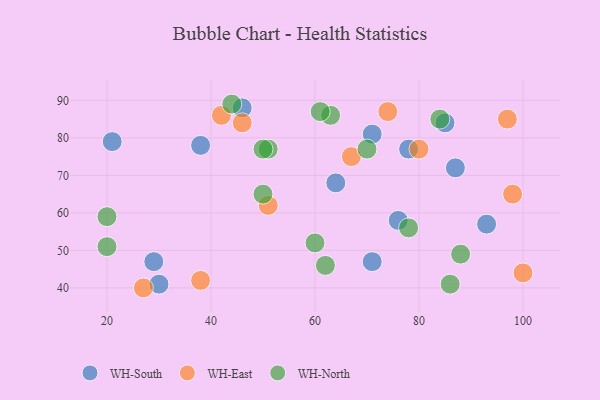
{"axis": {"x": "GDP", "y": "Life Expectancy"}, "legend": ["WH-East", "WH-North", "WH-South"], "data": [{"x": "30", "y": 41, "type": "WH-South"}, {"x": "21", "y": 79, "type": "WH-South"}, {"x": "78", "y": 77, "type": "WH-South"}, {"x": "85", "y": 84, "type": "WH-South"}, {"x": "93", "y": 57, "type": "WH-South"}, {"x": "76", "y": 58, "type": "WH-South"}, {"x": "71", "y": 47, "type": "WH-South"}, {"x": "29", "y": 47, "type": "WH-South"}, {"x": "38", "y": 78, "type": "WH-South"}, {"x": "46", "y": 88, "type": "WH-South"}, {"x": "71", "y": 81, "type": "WH-South"}, {"x": "64", "y": 68, "type": "WH-South"}, {"x": "87", "y": 72, "type": "WH-South"}, {"x": "97", "y": 85, "type": "WH-East"}, {"x": "98", "y": 65, "type": "WH-East"}, {"x": "67", "y": 75, "type": "WH-East"}, {"x": "100", "y": 44, "type": "WH-East"}, {"x": "42", "y": 86, "type": "WH-East"}, {"x": "46", "y": 84, "type": "WH-East"}, {"x": "74", "y": 87, "type": "WH-East"}, {"x": "27", "y": 40, "type": "WH-East"}, {"x": "38", "y": 42, "type": "WH-East"}, {"x": "80", "y": 77, "type": "WH-East"}, {"x": "51", "y": 62, "type": "WH-East"}, {"x": "62", "y": 46, "type": "WH-North"}, {"x": "44", "y": 89, "type": "WH-North"}, {"x": "50", "y": 65, "type": "WH-North"}, {"x": "20", "y": 51, "type": "WH-North"}, {"x": "88", "y": 49, "type": "WH-North"}, {"x": "51", "y": 77, "type": "WH-North"}, {"x": "63", "y": 86, "type": "WH-North"}, {"x": "60", "y": 52, "type": "WH-North"}, {"x": "20", "y": 59, "type": "WH-North"}, {"x": "86", "y": 41, "type": "WH-North"}, {"x": "70", "y": 77, "type": "WH-North"}, {"x": "50", "y": 77, "type": "WH-North"}, {"x": "61", "y": 87, "type": "WH-North"}, {"x": "84", "y": 85, "type": "WH-North"}, {"x": "78", "y": 56, "type": "WH-North"}]}